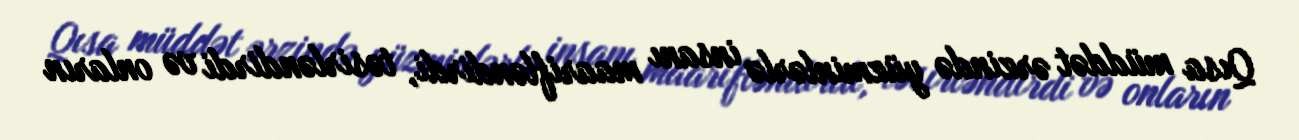
Qısa müddət ərzində yüzminlərlə insanı maarifləndirdi, təsirləndirdi və onların